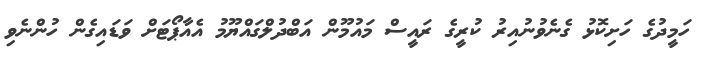
ހަމީދުގެ ހަށިކޮޅު ގެނެވުނުއިރު ކުރީގެ ރައީސް މައުމޫން އަބްދުލްގައްޔޫމު އެއާޕޯޓަށް ވަޑައިގެން ހުންނެވި